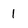
Character: 1